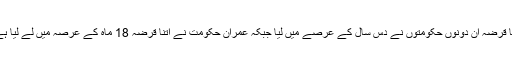
اِتنا قرضہ اُن دونوں حکومتوں نے دس سال کے عرصے میں لیا جبکہ عمران حکومت نے اتنا قرضہ 18 ماہ کے عرصہ میں لے لیا ہے۔